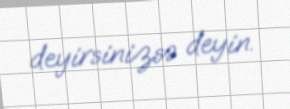
deyirsinizsə deyin.